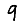
Digit: 9